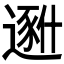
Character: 𱑐